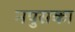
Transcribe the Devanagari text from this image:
नपुसका